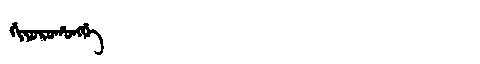
Manchu: ᡤᡳᠶᠣᡵᠣᡥᠣᠩᡤᡝ
Romanization: GIYOROHONGGE